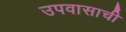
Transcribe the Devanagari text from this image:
उपवासाची